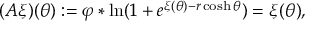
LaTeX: ( A \xi ) ( \theta ) : = \varphi \ast \ln ( 1 + e ^ { \xi ( \theta ) - r \cosh \theta } ) = \xi ( \theta ) ,